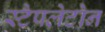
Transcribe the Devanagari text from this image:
स्टैपलेटोन